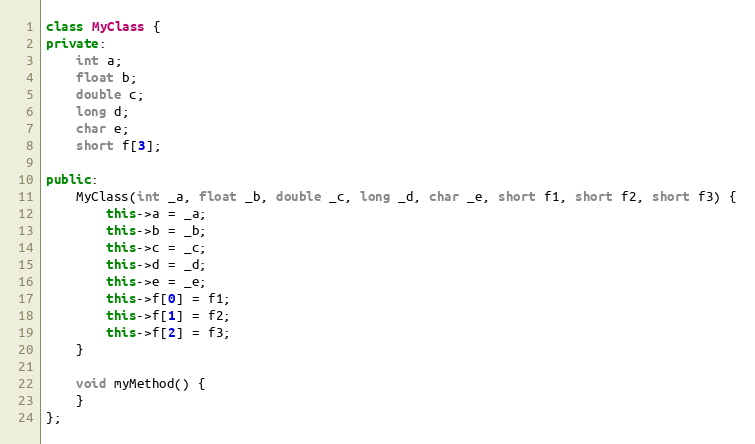
Language: C++
class MyClass {
private:
    int a;
    float b;
    double c;
    long d;
    char e;
    short f[3];

public:
    MyClass(int _a, float _b, double _c, long _d, char _e, short f1, short f2, short f3) {
        this->a = _a;
        this->b = _b;
        this->c = _c;
        this->d = _d;
        this->e = _e;
        this->f[0] = f1;
        this->f[1] = f2;
        this->f[2] = f3;
    }

    void myMethod() {
    }
};